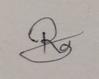
Signature authenticity: genuine